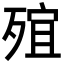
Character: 𣨩